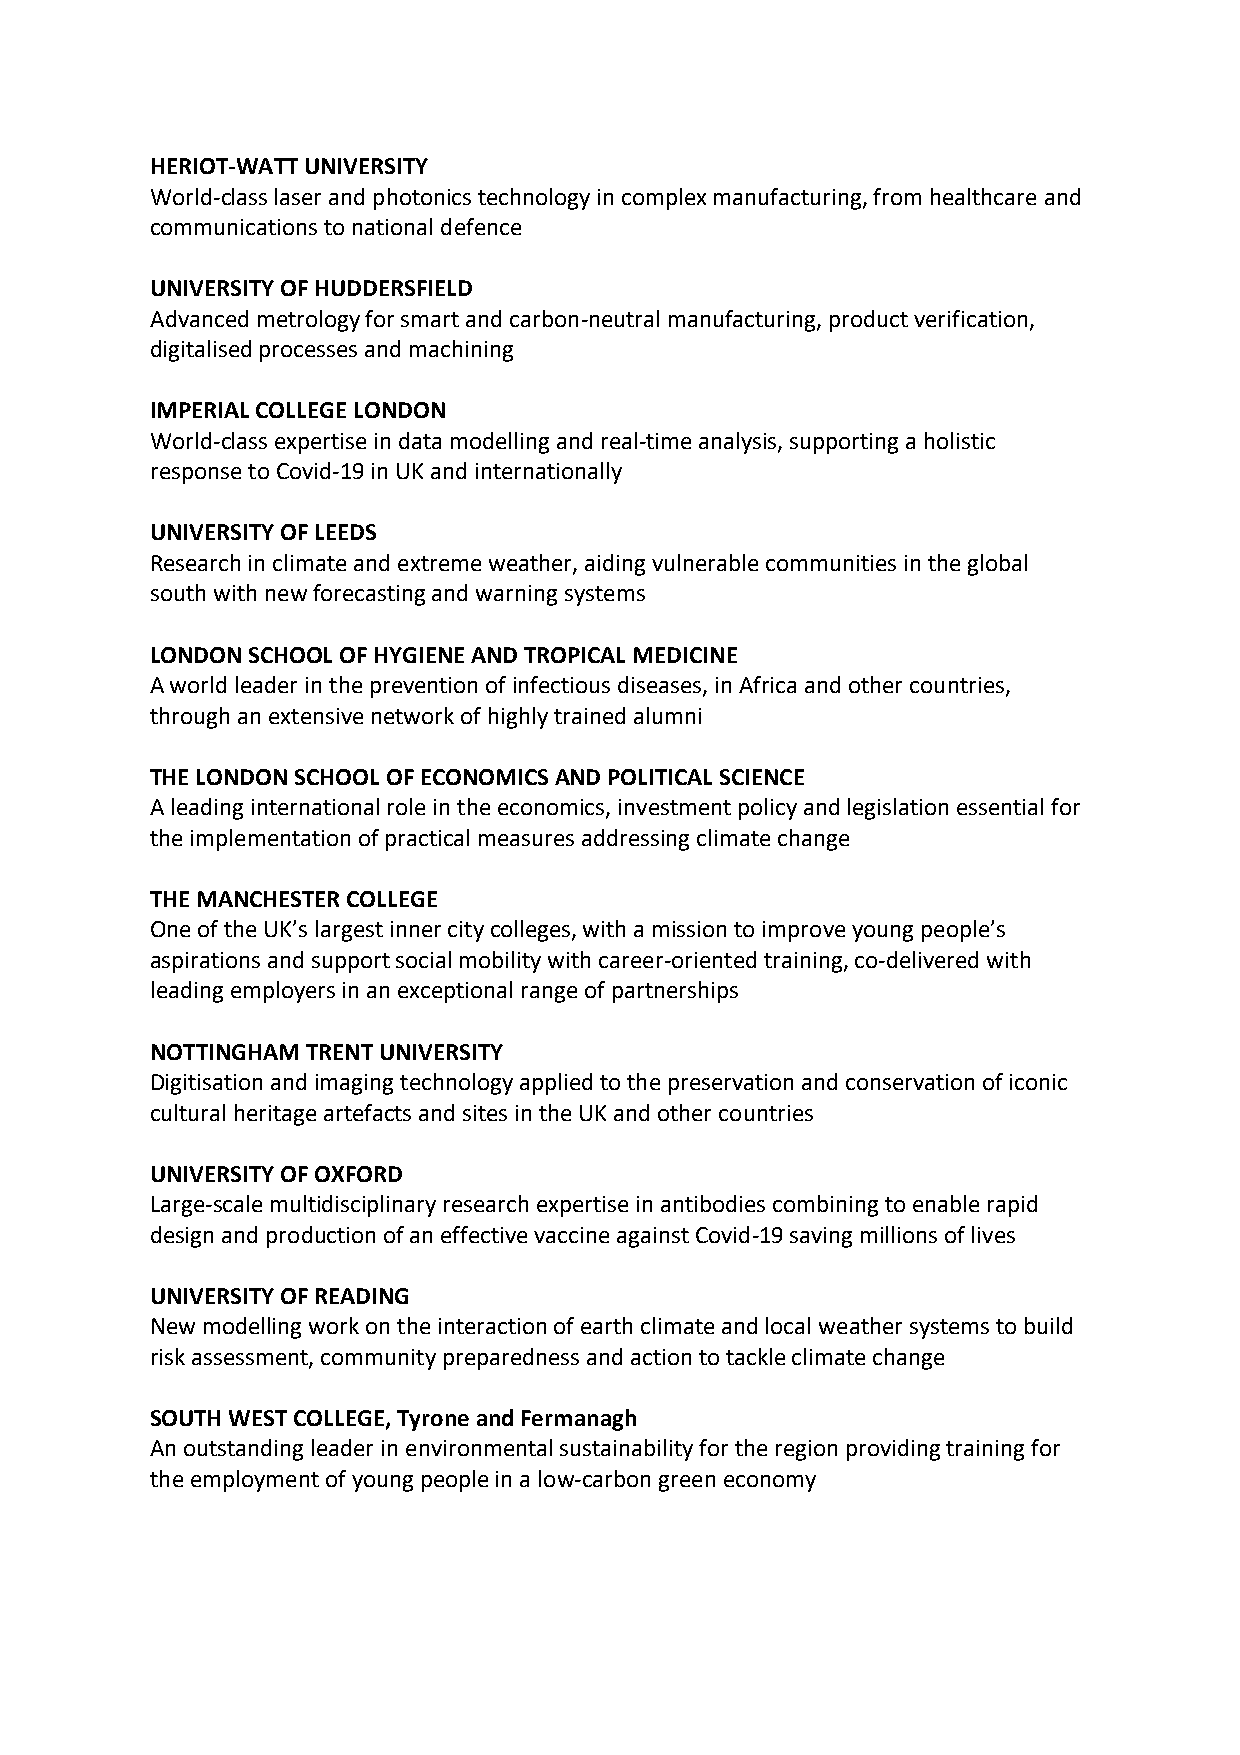
HERIOT-WATT UNIVERSITY
 World-class laser and photonics technology in complex manufacturing, from healthcare and
 communications to national defence
 UNIVERSITY OF HUDDERSFIELD
 Advanced metrology for smart and carbon-neutral manufacturing, product verification,
 digitalised processes and machining
 IMPERIAL COLLEGE LONDON
 World-class expertise in data modelling and real-time analysis, supporting a holistic
 response to Covid-19 in UK and internationally
 UNIVERSITY OF LEEDS
 Research in climate and extreme weather, aiding vulnerable communities in the global
 south with new forecasting and warning systems
 LONDON SCHOOL OF HYGIENE AND TROPICAL MEDICINE
 A world leader in the prevention of infectious diseases, in Africa and other countries,
 through an extensive network of highly trained alumni
 THE LONDON SCHOOL OF ECONOMICS AND POLITICAL SCIENCE
 A leading international role in the economics, investment policy and legislation essential for
 the implementation of practical measures addressing climate change
 THE MANCHESTER COLLEGE
 One of the UK’s largest inner city colleges, with a mission to improve young people’s
 aspirations and support social mobility with career-oriented training, co-delivered with
 leading employers in an exceptional range of partnerships
 NOTTINGHAM TRENT UNIVERSITY
 Digitisation and imaging technology applied to the preservation and conservation of iconic
 cultural heritage artefacts and sites in the UK and other countries
 UNIVERSITY OF OXFORD
 Large-scale multidisciplinary research expertise in antibodies combining to enable rapid
 design and production of an effective vaccine against Covid-19 saving millions of lives
 UNIVERSITY OF READING
 New modelling work on the interaction of earth climate and local weather systems to build
 risk assessment, community preparedness and action to tackle climate change
 SOUTH WEST COLLEGE, Tyrone and Fermanagh
 An outstanding leader in environmental sustainability for the region providing training for
 the employment of young people in a low-carbon green economy